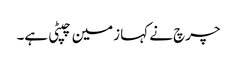
چرچ نے کہا زمین چپٹی ہے۔